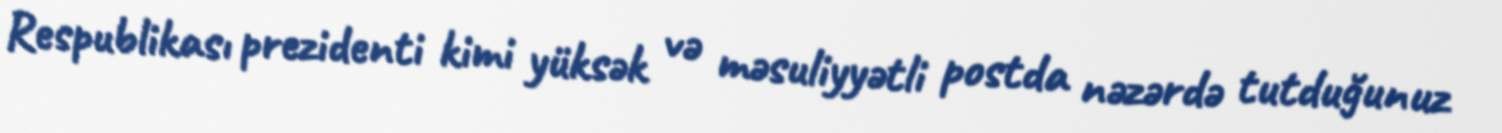
Respublikası prezidenti kimi yüksək və məsuliyyətli postda nəzərdə tutduğunuz